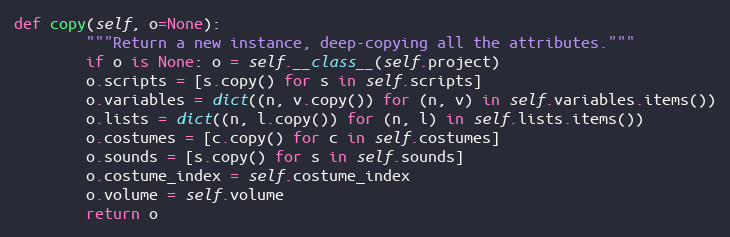
Language: Python
def copy(self, o=None):
        """Return a new instance, deep-copying all the attributes."""
        if o is None: o = self.__class__(self.project)
        o.scripts = [s.copy() for s in self.scripts]
        o.variables = dict((n, v.copy()) for (n, v) in self.variables.items())
        o.lists = dict((n, l.copy()) for (n, l) in self.lists.items())
        o.costumes = [c.copy() for c in self.costumes]
        o.sounds = [s.copy() for s in self.sounds]
        o.costume_index = self.costume_index
        o.volume = self.volume
        return o